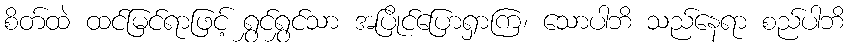
စိတ်ထဲ ထင်မြင်ရာဖြင့် ရွှင်ရွှင်သာ အပြိုင်ပြောရှာကြ၊ သောပါဘိ သည်နေရာ စည်ပါဘိ